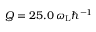
Q = 2 5 . 0 \, \omega _ { \mathrm { L } } \hbar ^ { - 1 }